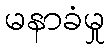
မနာခံမှု